Civil Veterinary Department. Central Provinces & Berar 1925-31 - 1925-1931
Year: 1925
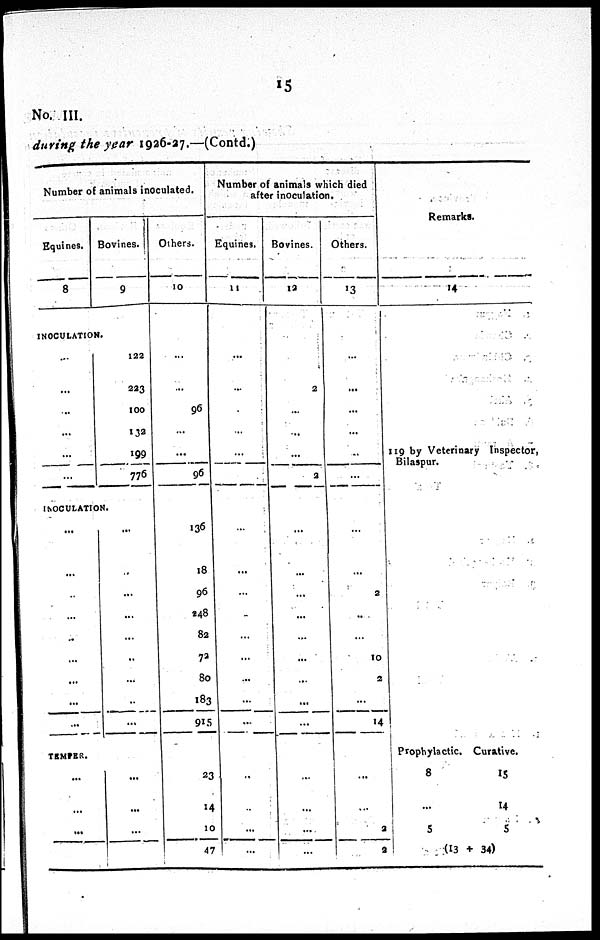
15
No. III.
during the year 1926-27.—(Contd.)
Number of animals inoculated.
Equines.
8
INOCULATION
...
...
...
...
...
...
Bovines.
9
122
223
100
132
199
776
INOCULATION.
...
...
...
...
..
...
...
...
...
TEMPER.
...
...
...
...
...
...
...
...
...
...
...
...
...
...
...
Others.
10
...
...
96
...
...
96
136
18
96
248
82
72
80
183
915
23
14
10
47
Number of animals which died
after inoculation.
Equines.
11
...
...
...
...
...
...
...
...
...
...
...
...
...
...
...
...
...
...
...
Bovines.
12
...
2
...
...
...
2
...
...
...
...
...
...
...
...
...
...
...
...
...
Others.
13
...
...
...
...
...
...
...
...
2
...
...
10
2
...
14
...
...
2
2
Remarks.
14
119 by Veterinary Inspector,
Bilaspur.
Prophylactic.
8
...
5
Curative.
15
14
5
(13 + 34)